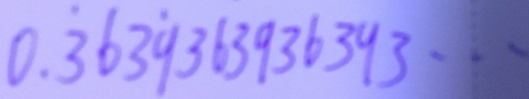
0 . \dot { 3 } 6 3 \dot { 9 } 3 6 3 9 3 6 3 9 3 \cdots